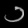
Digit: ၁